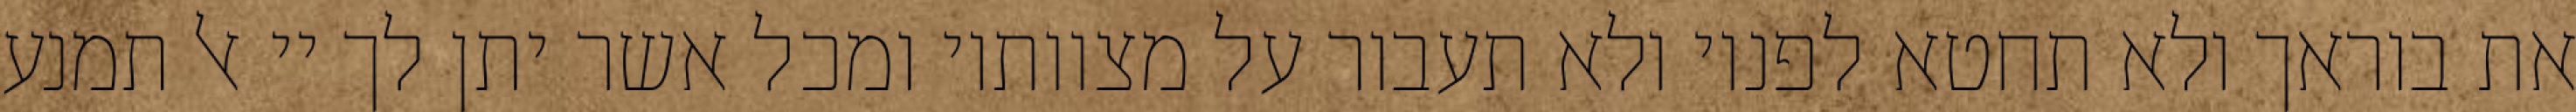
את בוראך ולא תחטא לפניו ולא תעבור על מצוותיו ומכל אשר יתן לך יי אל תמנע